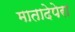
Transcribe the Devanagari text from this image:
मातादेपेरा